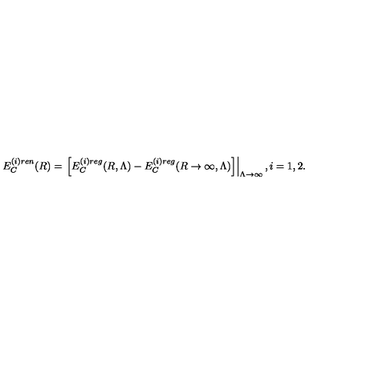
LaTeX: E _ { C } ^ { ( i ) r e n } ( R ) = \left. \left[ E _ { C } ^ { ( i ) r e g } ( R , \Lambda ) - E _ { C } ^ { ( i ) r e g } ( R \to \infty , \Lambda ) \right] \right| _ { \Lambda \to \infty } , i = 1 , 2 .